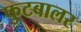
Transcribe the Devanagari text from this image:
फुटबालर